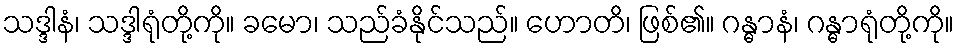
သဒ္ဒါနံ၊ သဒ္ဒါရုံတို့ကို။ ခမော၊ သည်ခံနိုင်သည်။ ဟောတိ၊ ဖြစ်၏။ ဂန္ဓာနံ၊ ဂန္ဓာရုံတို့ကို။